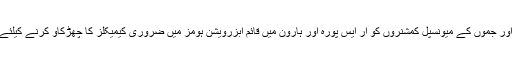
سرینگر اور جموں کے میونسپل کمشنروں کو آر ایس پورہ اور ہارون میں قائم ابزرویشن ہومز میں ضروری کیمیکلز کا چھڑکاؤ کرنے کیلئے کہا گیا ۔